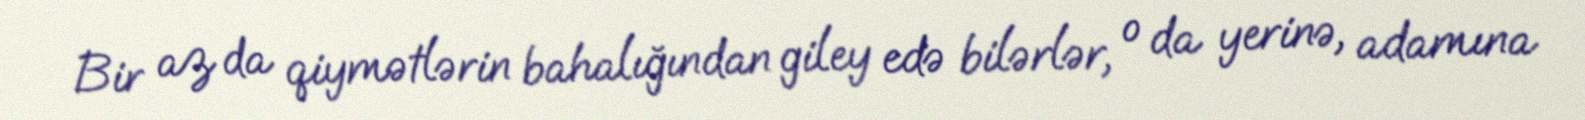
Bir az da qiymətlərin bahalığından giley edə bilərlər, o da yerinə, adamına